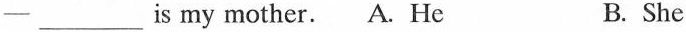
-_is my mother.。 A. He B. She